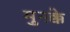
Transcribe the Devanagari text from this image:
मुनक्के